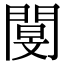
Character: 閺